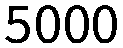
5000